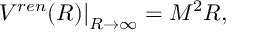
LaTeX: \left. V ^ { r e n } ( R ) \right| _ { R \to \infty } = M ^ { 2 } R ,